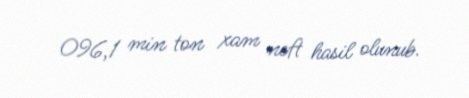
096,1 min ton xam neft hasil olunub.